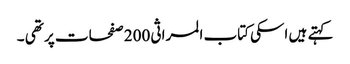
کہتے ہیں اسکی کتاب المراثی 200 صفحات پر تھی ۔